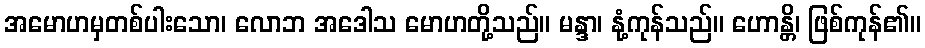
အမောဟမှတစ်ပါးသော၊ လောဘ အဒေါသ မောဟတို့သည်။ မန္ဒာ၊ နုံ့ကုန်သည်။ ဟောန္တိ၊ ဖြစ်ကုန်၏။